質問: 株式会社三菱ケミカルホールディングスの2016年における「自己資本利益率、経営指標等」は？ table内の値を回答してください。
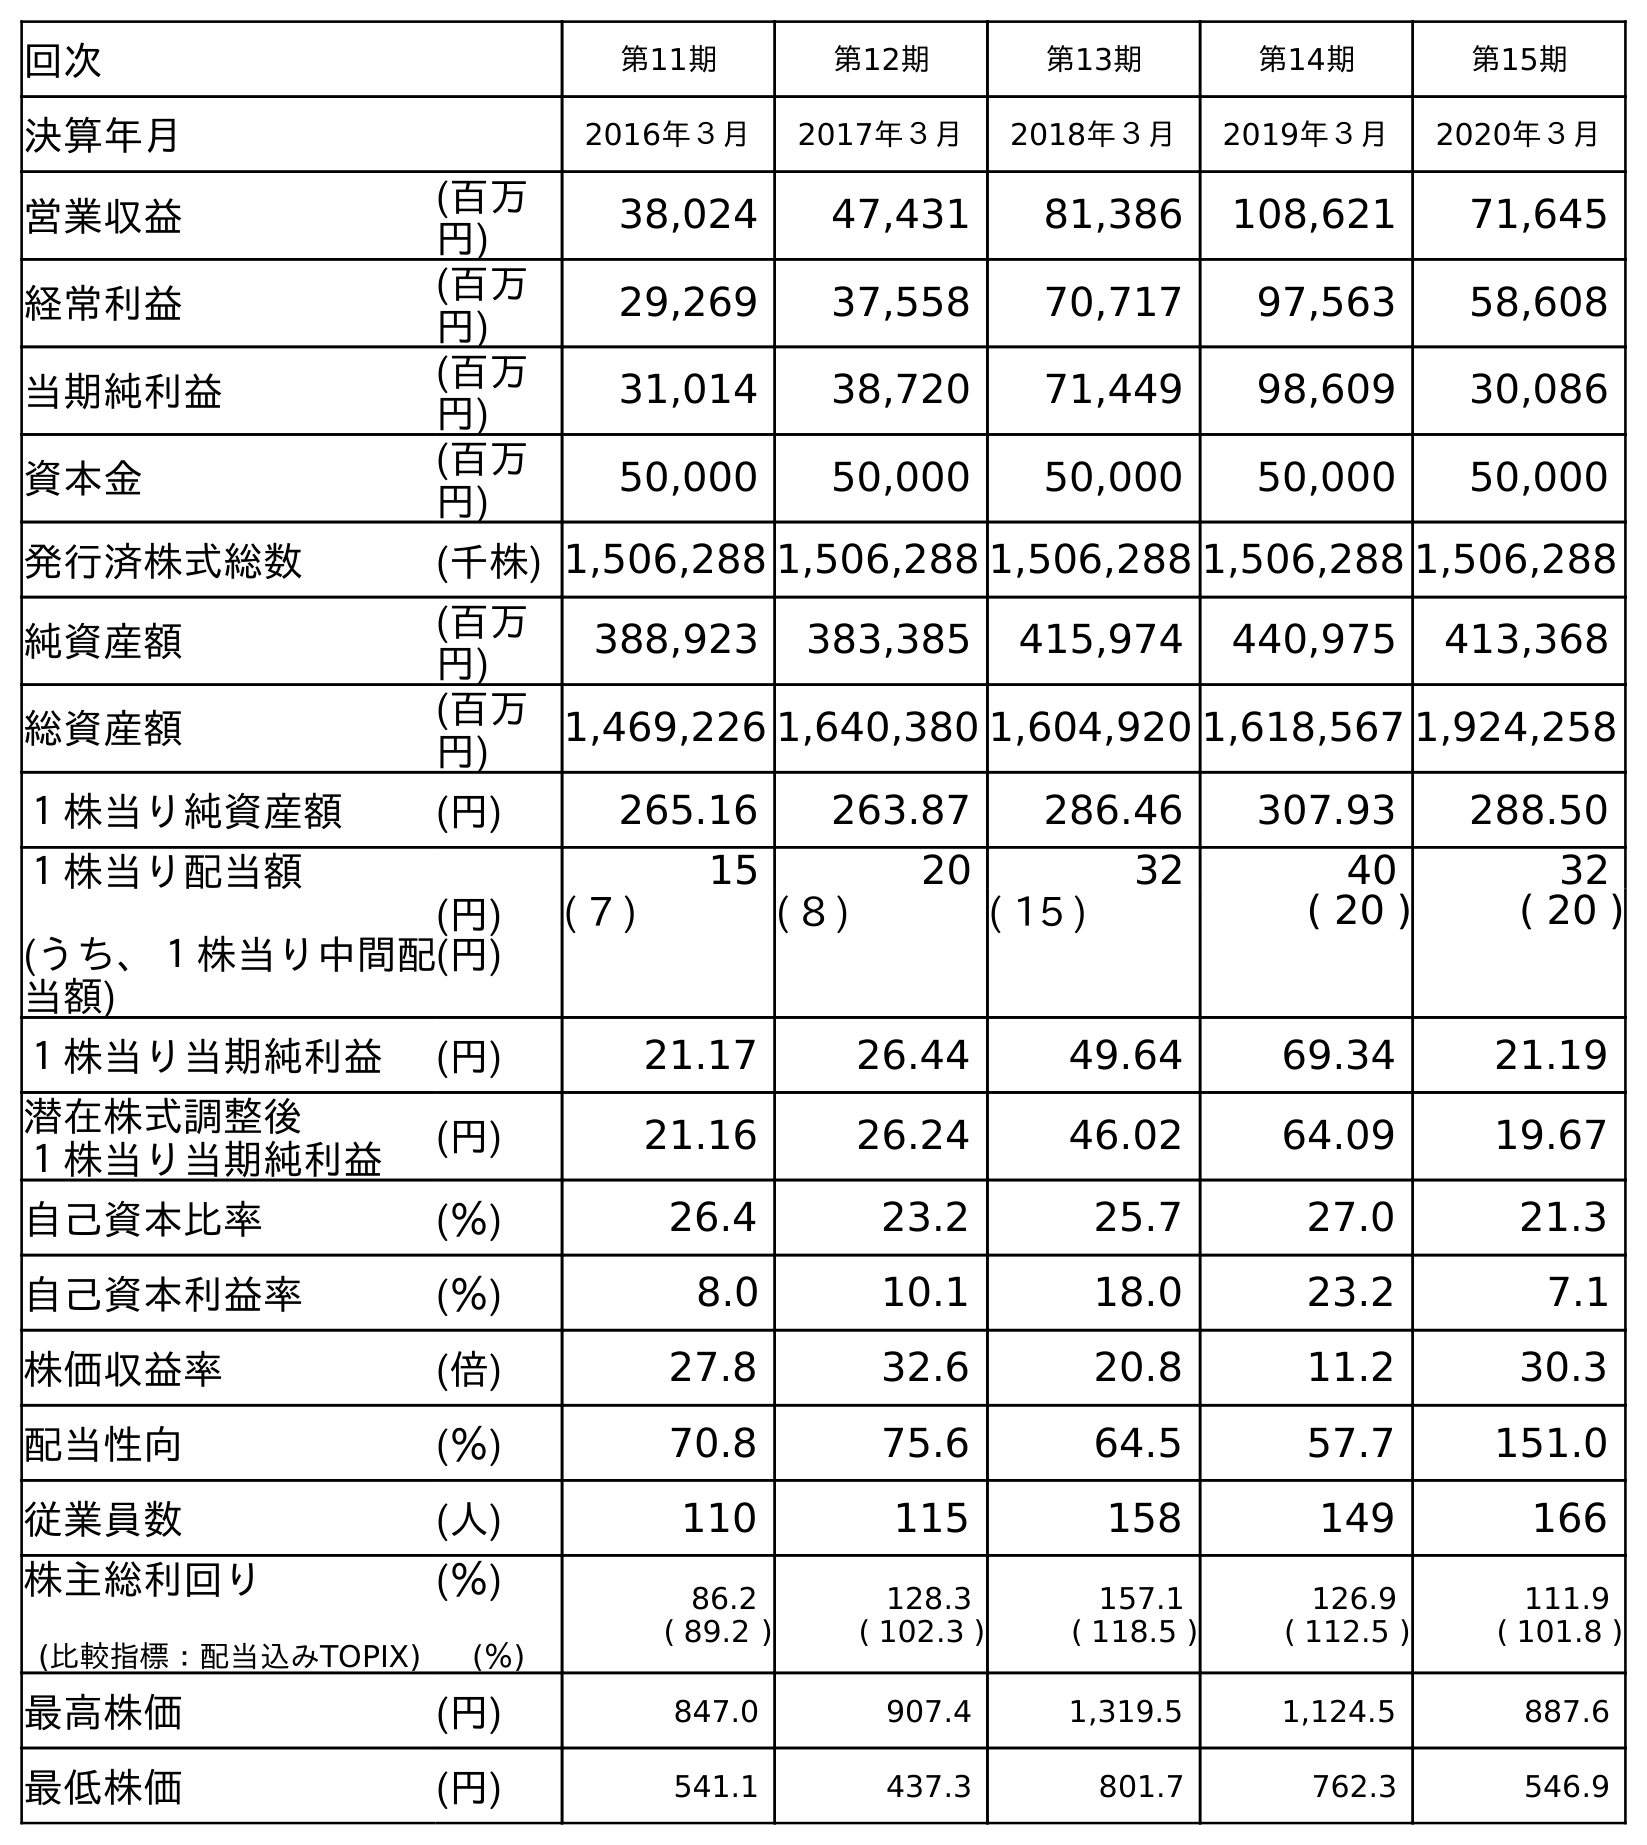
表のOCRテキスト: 回次 第11期 第12期 第13期 第14期 第15期 決算年月 2016年３月 2017年３月 2018年３月 2019年３月 2020年３月 営業収益 (百万 円) 38,024 47,431 81,386 108,621 71,645 経常利益 (百万 円) 29,269 37,558 70,717 97,563 58,608 当期純利益 (百万 円) 31,014 38,720 71,449 98,609 30,086 資本金 (百万 円) 50,000 50,000 50,000 50,000 50,000 発行済株式総数 (千株) 1,506,288 1,506,288 1,506,288 1,506,288 1,506,288 純資産額 (百万 円) 388,923 383,385 415,974 440,975 413,368 総資産額 (百万 円) 1,469,226 1,640,380 1,604,920 1,618,567 1,924,258 １株当り純資産額 (円) 265.16 263.87 286.46 307.93 288.50 １株当り配当額 (うち、１株当り中間配 当額) (円) (円) 15 20 32 40 32 ( 7 ) ( 8 ) ( 15 ) ( 20 ) ( 20 ) １株当り当期純利益 (円) 21.17 26.44 49.64 69.34 21.19 潜在株式調整後 １株当り当期純利益 (円) 21.16 26.24 46.02 64.09 19.67 自己資本比率 (％) 26.4 23.2 25.7 27.0 21.3 自己資本利益率 (％) 8.0 10.1 18.0 23.2 7.1 株価収益率 (倍) 27.8 32.6 20.8 11.2 30.3 配当性向 (％) 70.8 75.6 64.5 57.7 151.0 従業員数 (人) 110 115 158 149 166 株主総利回り (比較指標：配当込みTOPIX) (％) (％) 86.2 ( 89.2 ) 128.3 ( 102.3 ) 157.1 ( 118.5 ) 126.9 ( 112.5 ) 111.9 ( 101.8 ) 最高株価 (円) 847.0 907.4 1,319.5 1,124.5 887.6 最低株価 (円) 541.1 437.3 801.7 762.3 546.9
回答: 8.0